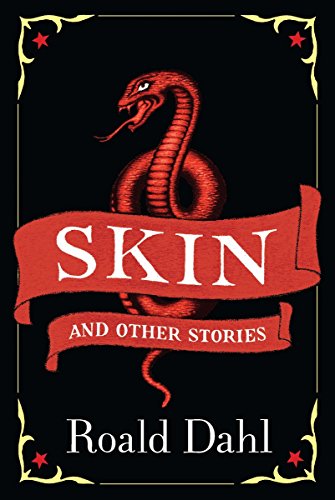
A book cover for Skin and Other Stories; Roald Dahl; Teen & Young Adult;